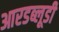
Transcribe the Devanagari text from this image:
आरडब्लूडी